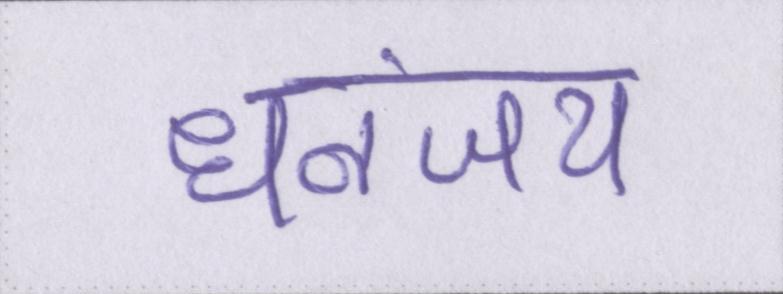
धनंजय